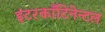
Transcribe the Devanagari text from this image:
इंटरकाँटिनेन्टल